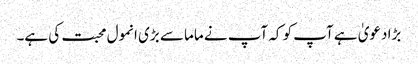
بڑا دعویٰ ہے آپ کو کہ آپ نے ماما سے بڑی انمول محبت کی ہے۔